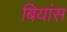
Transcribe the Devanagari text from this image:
बियांस